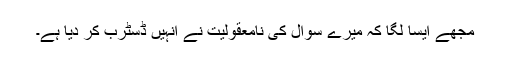
مجھے ایسا لگا کہ میرے سوال کی نامعقولیت نے انہیں ڈسٹرب کر دیا ہے۔